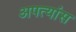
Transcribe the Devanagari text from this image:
अपत्यांस